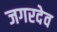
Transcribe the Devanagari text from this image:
जगरदेव